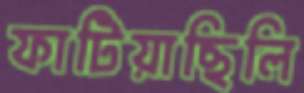
ফাটিয়াছিলি